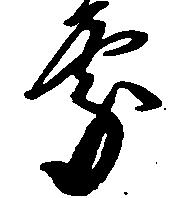
処